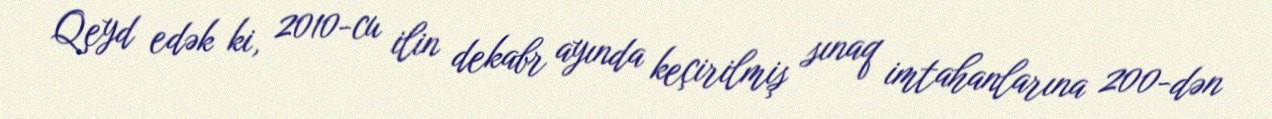
Qeyd edək ki, 2010-cu ilin dekabr ayında keçirilmiş sınaq imtahanlarına 200-dən